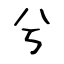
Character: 兮